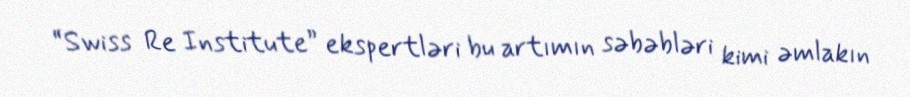
“Swiss Re Institute” ekspertləri bu artımın səbəbləri kimi əmlakın